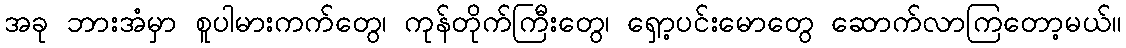
အခု ဘားအံမှာ စူပါမားကက်တွေ၊ ကုန်တိုက်ကြီးတွေ၊ ရှော့ပင်းမောတွေ ဆောက်လာကြတော့မယ်။